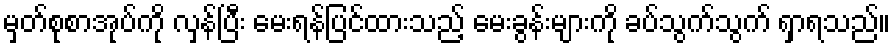
မှတ်စုစာအုပ်ကို လှန်ပြီး မေးရန်ပြင်ထားသည့် မေးခွန်းများကို ခပ်သွက်သွက် ရှာရသည်။